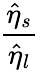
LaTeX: \frac{\hat{\eta}_{s}}{\hat{\eta}_{l}}